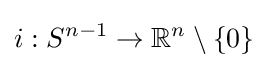
i:S^{n-1}\to \mathbb {R} ^{n}\setminus \{0\}